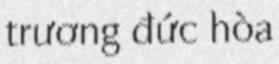
trương đức hòa